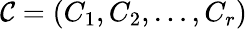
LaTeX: \mathcal{C}=(C_{1},C_{2},\ldots,C_{r})